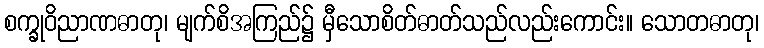
စက္ခုဝိညာဏဓာတု၊ မျက်စိအကြည်၌ မှီသောစိတ်ဓာတ်သည်လည်းကောင်း။ သောတဓာတု၊